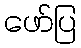
ဖော်ပြ